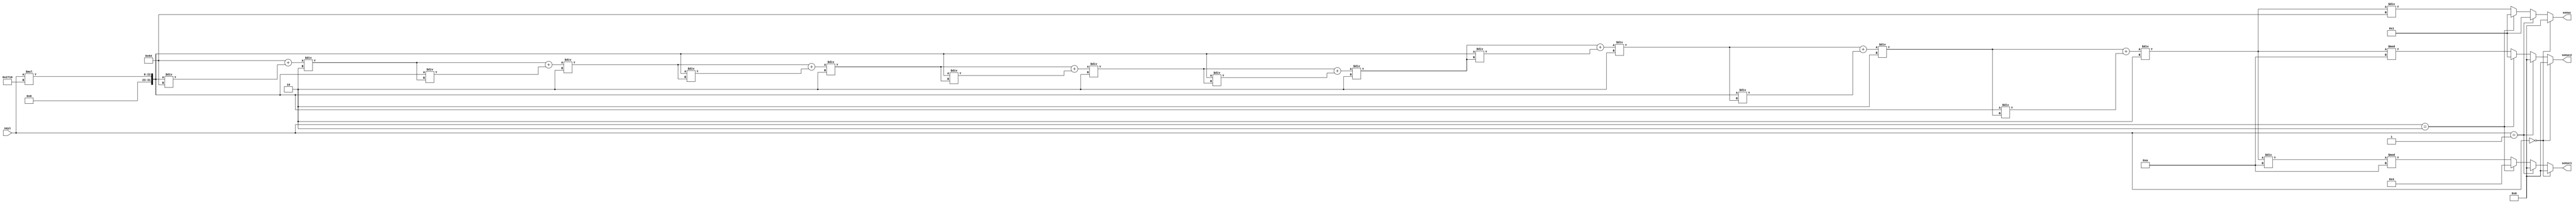
`timescale 1ns / 1ps
module karekok(
    input [8:0] sayi,
    output reg [31:0] sonuc, sonuc1, sonuc2
    );
    
    reg [31:0] i, yeniSayi;
    always @(sayi) begin // Girdi verilen sayi degeri degistikce yeni sonuc hesaplanir.
        if(sayi == 0) begin // Bazi uc durumlar onceden belirlendi.
            sonuc = 0;
            sonuc1 = 0;
            sonuc2 = 0;
        end
        else if(sayi == 1) begin
            sonuc = 1;
            sonuc1 = 0;
            sonuc2 = 0;
        end
        else if(sayi == 2) begin
            sonuc = 1;
            sonuc1 = 4;
            sonuc2 = 1;
        end
        else begin
            yeniSayi = sayi*10000; // Virgulden sonraki 2 basamagi kurtarmak icin karekoku sorulan sayinin 10000 kati alinir.
            i = 100; // Sonuc icin yaklasik bir deger tahmin edilir.

            // Karekok yaklasik deger algoritmasi soyle calisir:
            // X sayisinin karekoku soruluyorsa rastgele bir tahmin yapilir,
            // Bu tahmine X/tahmin sayisi eklenir ve sonuc 2'ye bolunur.
            // Elde edilen sonuc istenilen karekoke yaklasmis olur.
            // Birkac kere tekrar ederek en dogru sonuc elde edilmeye calisilinir.

            i = (i + (yeniSayi/i))/2; // Karekok yaklasik deger algoritmasi uygulanir.
            i = (i + (yeniSayi/i))/2;
            i = (i + (yeniSayi/i))/2;
            i = (i + (yeniSayi/i))/2;
            i = (i + (yeniSayi/i))/2;
            i = (i + (yeniSayi/i))/2;
            i = (i + (yeniSayi/i))/2;
            i = (i + (yeniSayi/i))/2;

            sonuc = i/100; // Bulunan karekok degerinin 100'e bolumu, tam kismi verir.
            sonuc1 = (i/10)%10; // Virgulden sonraki ilk basamak boyle elde edilir.
            sonuc2 = i%10; // Virgulden sonraki ikinci basamak boyle elde edilir.
        end
    end
    
endmodule